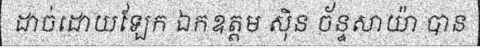
ដាច់ដោយឡែក ឯកឧត្តម ស៊ិន ច័ន្ទសាយ៉ា បាន